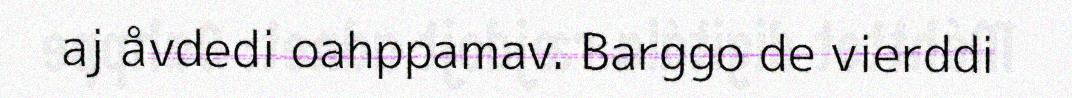
aj åvdedi oahppamav. Barggo de vierddi